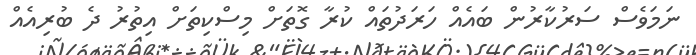
ނަމަވެސް ސަރުކާރުން ބައެއް ހަރަދުތައް ކުރާ ގޮތަށް މިސްކިތަށް އިތުރު ދެ ބުރިއެއް